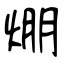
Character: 焩